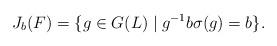
LaTeX: \begin{align*}J_b(F) = \{g\in G(L)\mid g^{-1} b\sigma(g) = b\}.\end{align*}